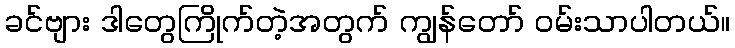
ခင်ဗျား ဒါတွေကြိုက်တဲ့အတွက် ကျွန်တော် ဝမ်းသာပါတယ်။